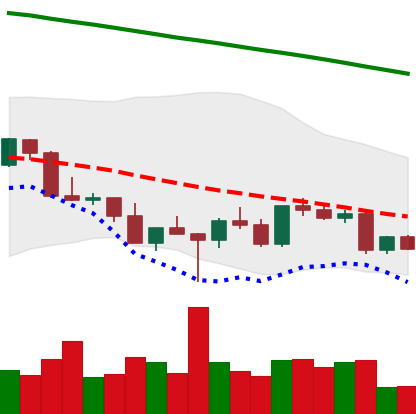
Ticker: LTC-USD
Chart end date: 2022-03-06
Forward return: 3.319%
Label: up_3_5